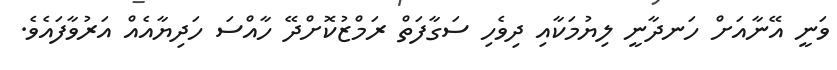
ވަނީ އޭނާއަށް ހަނދާނީ ލިޔުމަކާއި ދިވެހި ސަގާފަތް ރަމްޒުކޮށްދޭ ހާއްސަ ހަދިޔާއެއް އަރުވާފައެވެ.